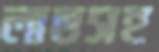
লাভসহ